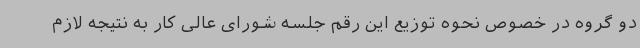
دو گروه در خصوص نحوه توزیع این رقم جلسه شورای عالی کار به نتیجه لازم